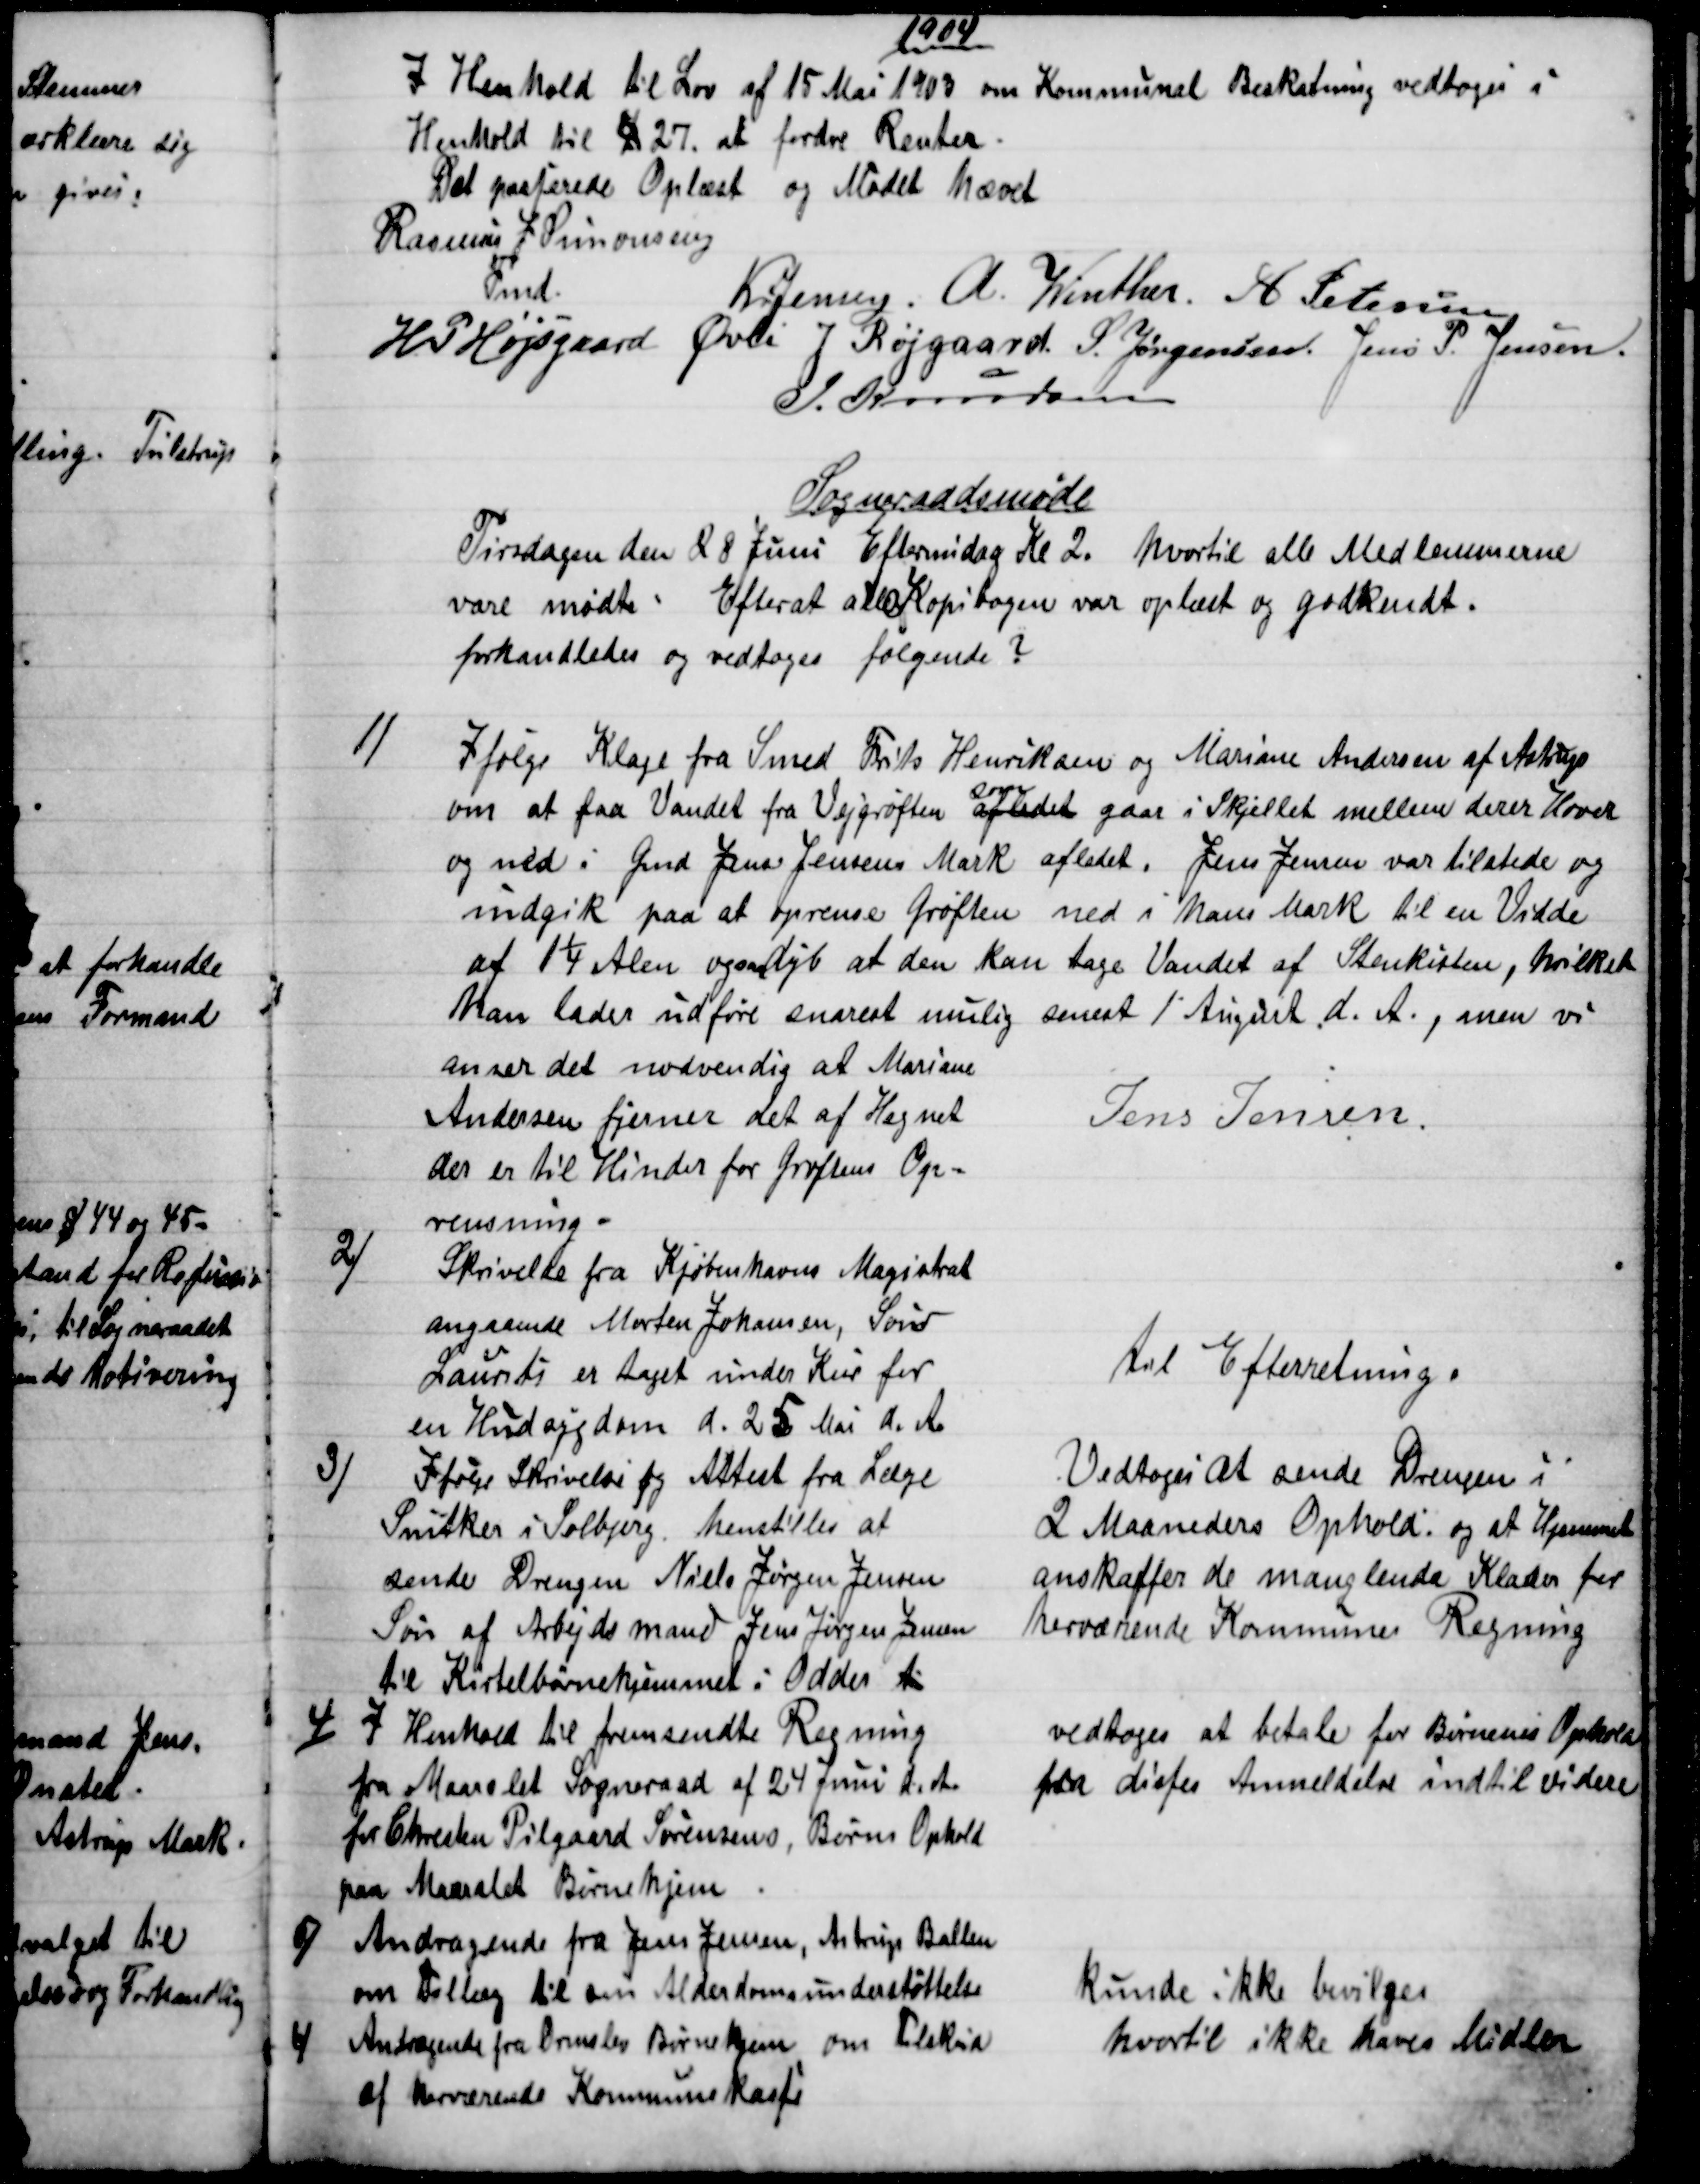
Transskription:
1904
I Henhold til Lov af 15 Mai 1903 om Kommunal Beskatning vedtoges i
Henhold til § 27. at fordre Renter.
Det passerede Oplæst og Mødet hævet
Rasmus J. Simonsen
Fmd.
Kr Jensen. A. Winther. A Petersen
H P Højsgaard Øvli J Røjgaard S. Jørgensen Jens P. Jensen.
J. Knudsen
Sogneraadsmøde
Tirsdagen den 28 Juni Eftermidag Kl 2. hvortil alle Medlemmerne
vare mødte. Efterat alle Kopibogen var oplæst og godkendt.
forhandledes og vedtoges følgende.
1)
Ifølge Klage fra Smed Frits Henriksen og Mariane Andersen af Astrup
om at faa Vandet fra Vejgrøften aftedet 
som
gaar i Skjellet mellem derer Hover
og ned i Gmd Jens Jensens Mark afledet. Jens Jensen var tilstede og
indgik paa at oprense Grøften ned i hans Mark til en Vidde
af 1¼ Alen og saa dyb at den kan tage Vandet af Stenkisten, hvilket
han lader udføre snarest mulig senest 1' August d. A., men vi
anser det nødvendig at Mariane
Andersen fjerner det af Hegnet
der er til Hinder for Grøftens Op-
rensning.
Jens Jensen.
2)
Skrivelse fra Kjøbenhavns Magistrat
angaaende Morten Johansen, Søn
Laurits er taget under Kur for
en Hudsygdom d. 25 Maj d. A.
Til Efterretning.
3)
Ifølge Skrivelse og Attest fra Læge
Snitker i Solbjerg. henstilles at
sende Drengen Niels Jørgen Jensen
Søn af Arbejdsmand Jens Jørgen Jensen
til Kirtelbørnehjemmet i Odder 1
Vedtoges at sende Drengen i
2 Maaneders Ophold og at Hjemmet
anskaffer de manglende Klæder for
herværende Kommunes Regning
4)
I Henhold til fremsendte Regning
fra Maarslet Sogneraad af 24 Juni d. A.
for Christen Pilgaard Sørensens, Børns Ophold
paa Maarslet Børnehjem
vedtoges at betale for Børnenes Ophold
fra disses Anmeldelse indtil videre
5)
Andragende fra Jens Jensen, Astrup Ballen
om Tillæg til om Alderdomsunderstøttelse
kunde ikke bevilges
4
Andragende fra Ormslev Børnehjem om Tilskud
af herværende Kommunekasse
hvortil ikke haves Midler